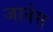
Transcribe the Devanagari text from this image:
जावेस